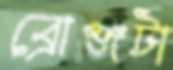
ব্রোঞ্জটা